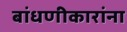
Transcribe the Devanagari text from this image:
बांधणीकारांना